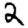
Digit: 2